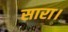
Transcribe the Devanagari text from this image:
सारा।